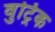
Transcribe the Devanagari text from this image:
वुट्रिक